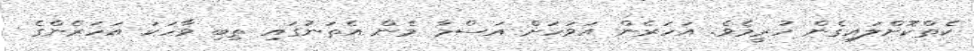
ކެތްކޮށްލައިގެން ހުރީމެވެ. އަހަރެން އަވަހަށް އަސްމާ މެން އެތަނުގައި ތިބި ވާހަކަ އަހަރެންގެ